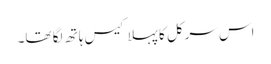
اس سرکل کا پہلا کیس ہاتھ لگا تھا۔